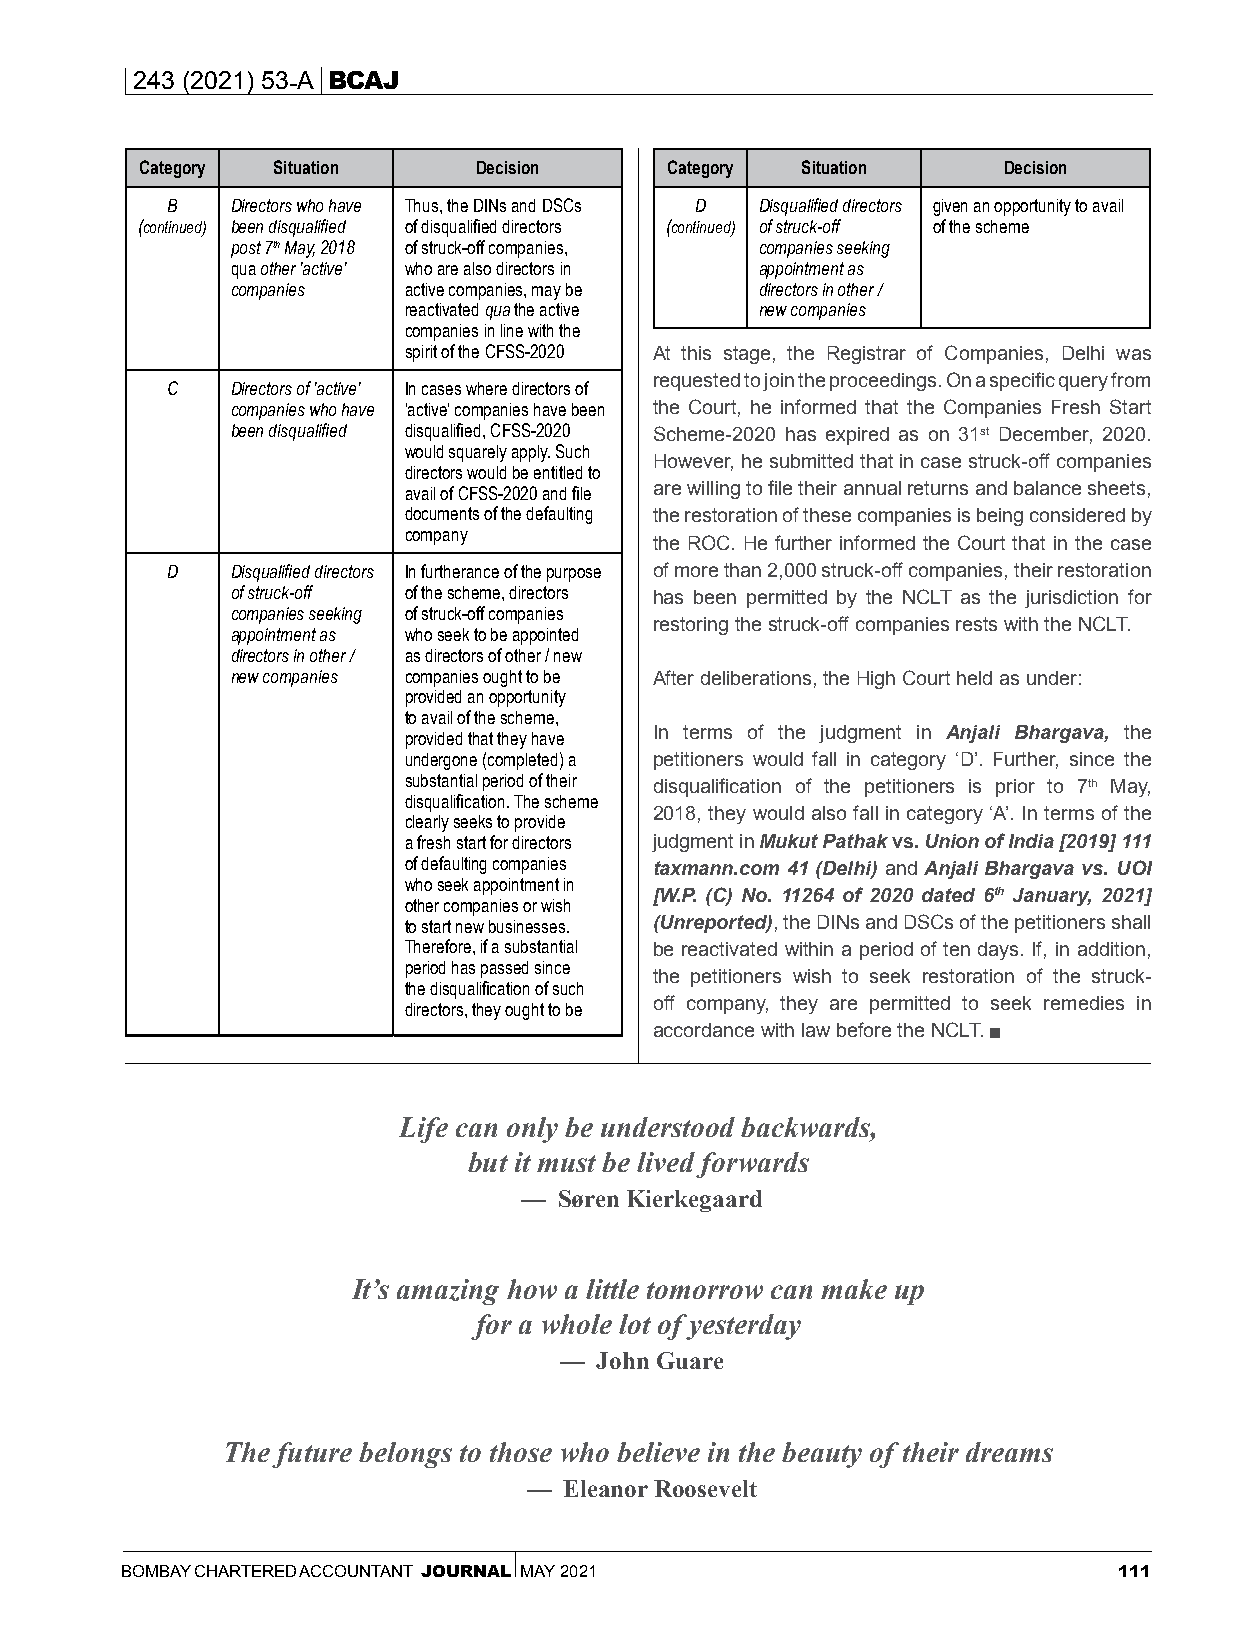
243 (2021) 53-A BCAJ
 Category Situation    Decision     Category Situation    Decision
 B   Directors who have Thus, the DINs and DSCs D Disqualified directors given an opportunity to avail
 (continued) been disqualified of disqualified directors (continued) of struck-off of the scheme
 post 7th May, 2018 of struck-off companies, companies seeking
 qua other 'active' who are also directors in appointment as
 companies   active companies, may be directors in other /
 reactivated qua the active new companies
 companies in line with the
 spirit of the CFSS-2020 At this stage, the Registrar of Companies, Delhi was
 requested to join the proceedings. On a specific query from
 C   Directors of 'active' In cases where directors of
 companies who have 'active' companies have been the Court, he informed that the Companies Fresh Start
 been disqualified disqualified, CFSS-2020 Scheme-2020 has expired as on 31st December, 2020.
 would squarely apply. Such
 However, he submitted that in case struck-off companies
 directors would be entitled to
 avail of CFSS-2020 and file are willing to file their annual returns and balance sheets,
 documents of the defaulting the restoration of these companies is being considered by
 company
 the ROC. He further informed the Court that in the case
 D   Disqualified directors In furtherance of the purpose of more than 2,000 struck-off companies, their restoration
 of struck-off of the scheme, directors has been permitted by the NCLT as the jurisdiction for
 companies seeking of struck-off companies
 restoring the struck-off companies rests with the NCLT.
 appointment as who seek to be appointed
 directors in other / as directors of other / new
 new companies companies ought to be After deliberations, the High Court held as under:
 provided an opportunity
 to avail of the scheme,
 provided that they have In terms of the judgment in Anjali Bhargava, the
 undergone (completed) a petitioners would fall in category ‘D’. Further, since the
 substantial period of their disqualification of the petitioners is prior to 7th May,
 disqualification. The scheme
 2018, they would also fall in category ‘A’. In terms of the
 clearly seeks to provide
 a fresh start for directors judgment in Mukut Pathak vs. Union of India [2019] 111
 of defaulting companies taxmann.com 41 (Delhi) and Anjali Bhargava vs. UOI
 who seek appointment in
 [W.P. (C) No. 11264 of 2020 dated 6th January, 2021]
 other companies or wish
 to start new businesses. (Unreported), the DINs and DSCs of the petitioners shall
 Therefore, if a substantial be reactivated within a period of ten days. If, in addition,
 period has passed since
 the petitioners wish to seek restoration of the struck-
 the disqualification of such
 off company, they are permitted to seek remedies in
 directors, they ought to be
 accordance with law before the NCLT.
 Life can only be understood backwards,
 but it must be lived forwards
 —  Søren Kierkegaard
 It’s amazing how a little tomorrow can make up
 for a whole lot of yesterday
 —  John Guare
 The future belongs to those who believe in the beauty of their dreams
 — Eleanor Roosevelt
 BOMBAY CHARTERED ACCOUNTANT JOURNAL MAY 2021                      111